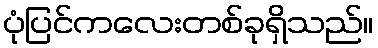
ပုံပြင်ကလေးတစ်ခုရှိသည်။